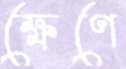
ক্ষেণে